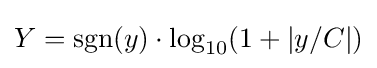
Y=\operatorname {sgn} (y)\cdot \log _{10}(1+|y/C|)